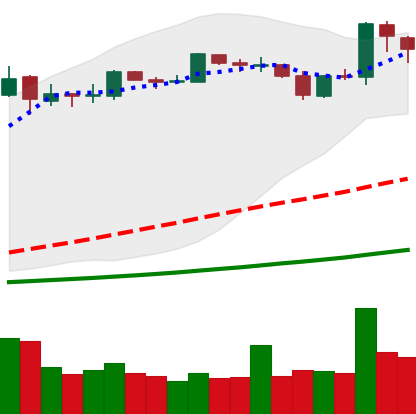
Ticker: BNB-USD
Chart end date: 2019-03-26
Forward return: 6.526%
Label: up_5_7